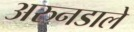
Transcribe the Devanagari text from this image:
अरुनडाले